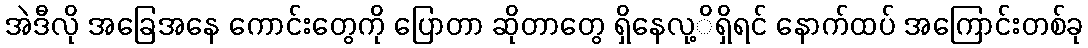
အဲဒီလို အခြေအနေ ကောင်းတွေကို ပြောတာ ဆိုတာတွေ ရှိနေလု့ိရှိရင် နောက်ထပ် အကြောင်းတစ်ခု